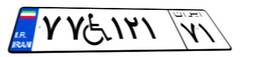
۷۷W۱۲۱۷۱